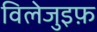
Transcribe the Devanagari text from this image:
विलेजुइफ़